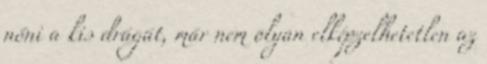
nőni a kis drágát, már nem olyan elképzelhetetlen az